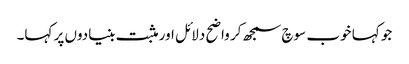
جو کہا خوب سوچ سمجھ کر واضح دلائل اور مثبت بنیادوں پر کہا۔